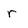
Character: r